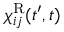
\chi _ { i j } ^ { \mathrm { R } } ( t ^ { \prime } , t )